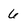
Character: 6